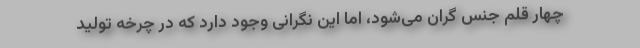
چهار قلم جنس گران می‌شود، اما این نگرانی وجود دارد که در چرخه تولید